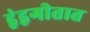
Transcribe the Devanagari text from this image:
द्वंद्वगीतात